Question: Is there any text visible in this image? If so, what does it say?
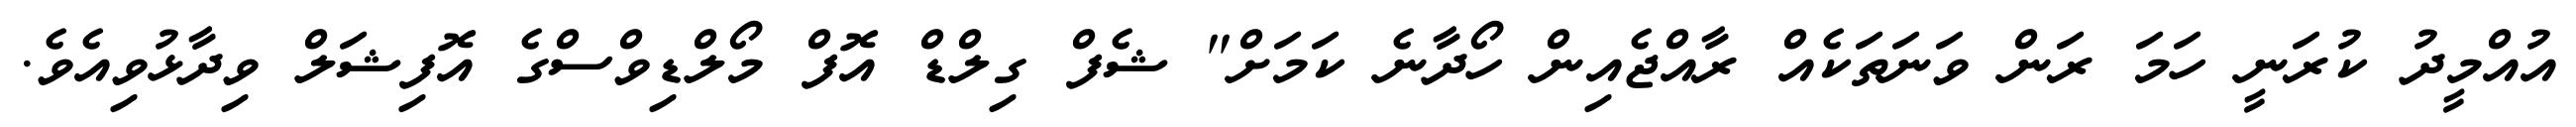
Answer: އުއްމީދު ކުރަނީ ހަމަ ރަން ވަނަތަކެއް ރާއްޖެއިން ހޯދާނެ ކަމަށް" ޝެފް ގިލްޑް އޮފް މޯލްޑިވްސްގެ އޮފިޝަލް ވިދާޅުވިއެވެ.